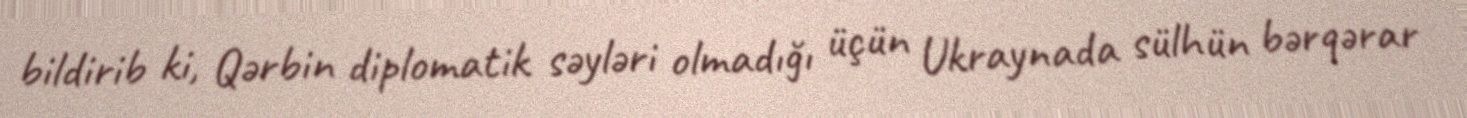
bildirib ki, Qərbin diplomatik səyləri olmadığı üçün Ukraynada sülhün bərqərar